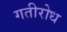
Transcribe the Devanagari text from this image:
गतीरोध